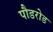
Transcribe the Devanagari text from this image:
पौडरोड